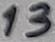
Text: 13